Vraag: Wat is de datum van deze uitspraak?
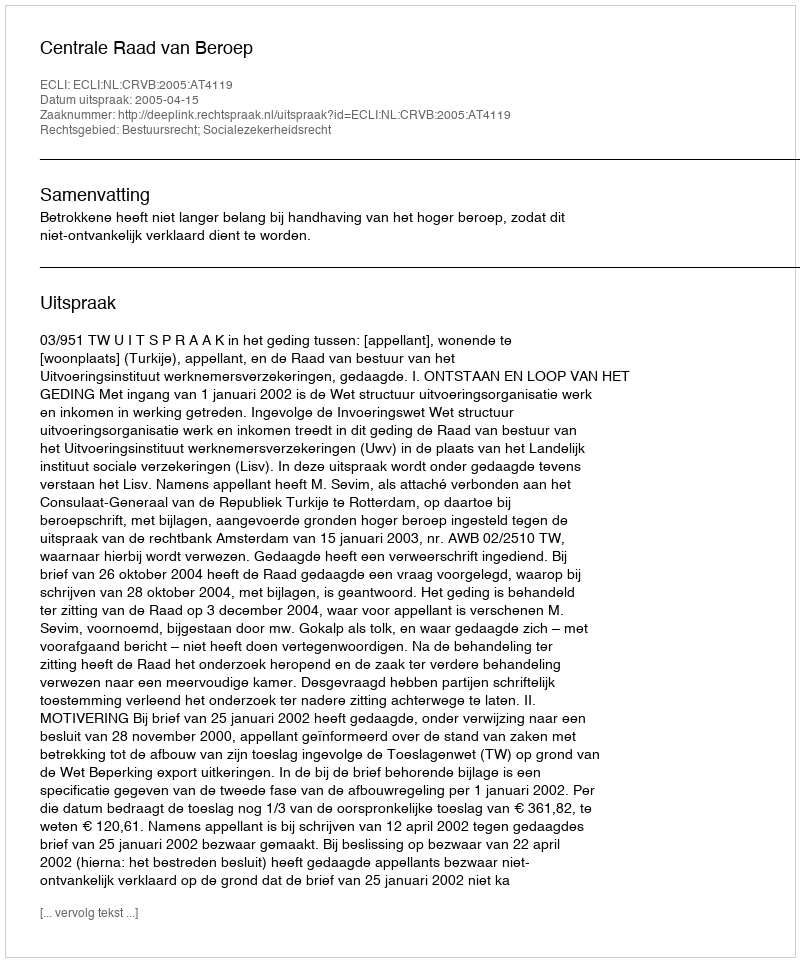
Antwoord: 2005-04-15